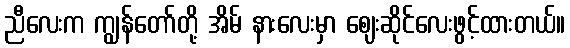
ညီလေးက ကျွန်တော်တို့ အိမ် နားလေးမှာ ဈေးဆိုင်လေးဖွင့်ထားတယ်။